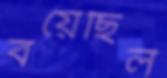
বয়েছিল